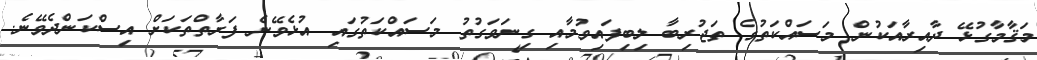
މަޤާމާގުޅޭ ދާއިރާއަކުން މަސައްކަތުގެ ތަޖުރިބާ ލިބިފައިވުމާއި ގިނަވަގުތު މަސައްކަތުގައި އުޅެވޭނެ ފަރާތްތަކަށް އިސްކަންދެވޭނެ.